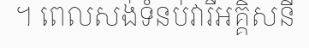
។ ពេលសង់ទំនប់វារីអគ្គិសនី